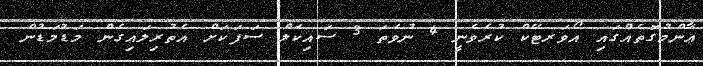
ޢާންމުގޮތެއްގައި އޯވަރޓޭކް ކުރެވެނީ 4 ނުވަތަ 3 ސައިކަލް ސަފަކަށް އެތުރިލައިގެން މަޑުމަޑުން